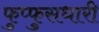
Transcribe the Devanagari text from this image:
फुप्फुसधारी